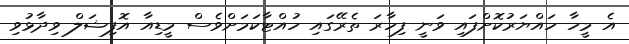
އެ މީހާ ހައްޔަރުކޮށްފައި ވަނީ ފިހާރަ ތެރޭގައި ހުއްޓާކަމަށްވެސް މީޑިއާ އޮފިޝަލް ވިދާޅުވި